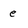
Character: e